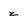
Character: z